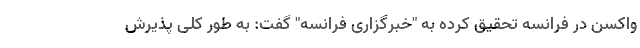
واکسن در فرانسه تحقیق کرده به "خبرگزاری فرانسه" گفت: به طور کلی پذیرش